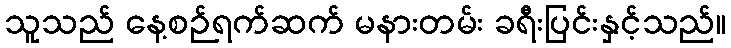
သူသည် နေ့စဉ်ရက်ဆက် မနားတမ်း ခရီးပြင်းနှင့်သည်။